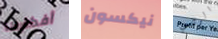
أفكارها نيكسون الرئاسي